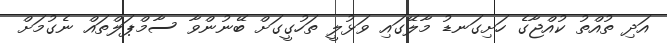
އަދި ތުއްތު ކުއްޖާގެ ހަށިގަނޑު މާލޭގައި ވަޅުލީ ތަހުގީގަށް ބޭނުންވާ ސާމްޕަލްތައް ނެގުމަށް